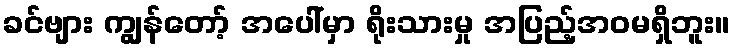
ခင်ဗျား ကျွန်တော့် အပေါ်မှာ ရိုးသားမှု အပြည့်အဝမရှိဘူး။